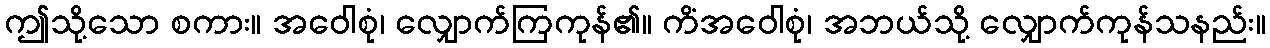
ဤသို့သော စကား။ အဝေါစုံ၊ လျှောက်ကြကုန်၏။ ကိံအဝေါစုံ၊ အဘယ်သို့ လျှောက်ကုန်သနည်း။